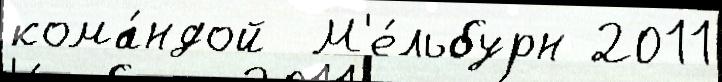
кома́ндой  М'е́льбурн 2011